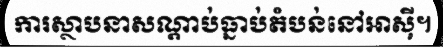
ការស្ថាបនាសណ្តាប់ធ្នាប់តំបន់នៅអាស៊ី។